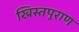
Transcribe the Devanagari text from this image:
ख्रिस्तपुराण